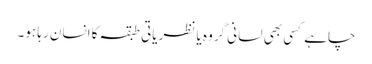
چاہے کسی بھی لسانی گروہ یا نظریاتی طبقہ کا انسان رہا ہو۔